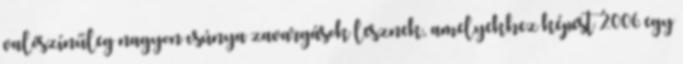
valószínűleg nagyon csúnya zavargások lesznek, amelyekhez képest 2006 egy